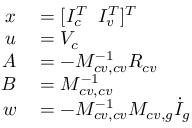
\begin{array} { r l } { x } & { { } = [ I _ { c } ^ { T } \; \; I _ { v } ^ { T } ] ^ { T } } \\ { u } & { { } = V _ { c } } \\ { A } & { { } = - M _ { c v , c v } ^ { - 1 } R _ { c v } } \\ { B } & { { } = M _ { c v , c v } ^ { - 1 } } \\ { w } & { { } = - M _ { c v , c v } ^ { - 1 } M _ { c v , g } \dot { I } _ { g } } \end{array}